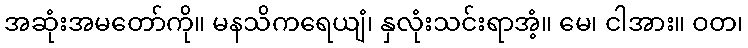
အဆုံးအမတော်ကို။ မနသိကရေယျံ၊ နှလုံးသင်းရာအံ့။ မေ၊ ငါအား။ ဝတ၊